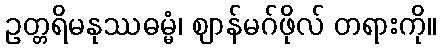
ဥတ္တရိမနုဿဓမ္မံ၊ ဈာန်မဂ်ဖိုလ် တရားကို။